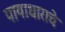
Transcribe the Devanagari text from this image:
पायाधाराचे